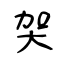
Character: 㚙